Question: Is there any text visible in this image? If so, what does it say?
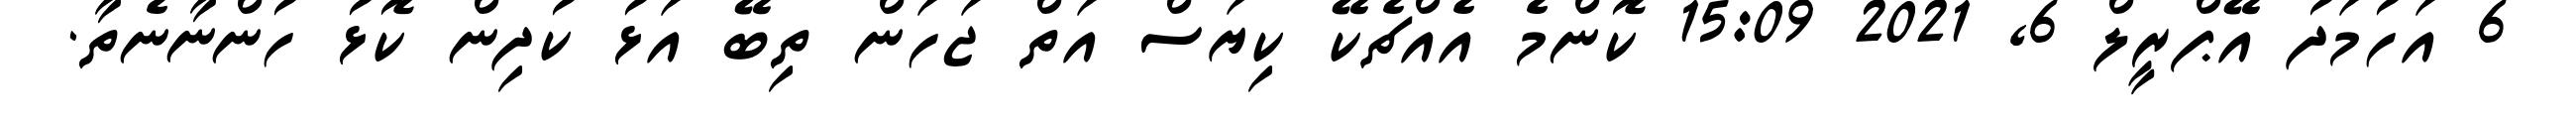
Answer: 6 އަހުމަދު އޭޕްރީލް 6, 2021 15:09 ކޮންމެ އެއްޗެކޭ ކިޔަސް އަތް ޖަހަން ތިބޭ އަޅު ކުދިން ކޮޅު ހުންނާނެތާ.